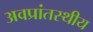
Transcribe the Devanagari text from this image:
अवप्रांतस्थीय